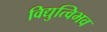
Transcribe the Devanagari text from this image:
विद्युत्विभव